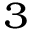
_ 3